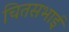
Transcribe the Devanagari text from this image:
चितसभाई